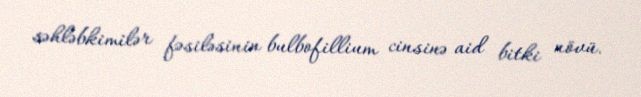
səhləbkimilər fəsiləsinin bulbofillium cinsinə aid bitki növü.